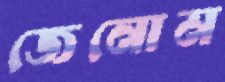
জেনোম